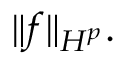
\| f \| _ { H ^ { p } } .